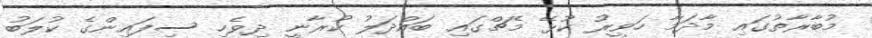
މުބާރާތުގައި މާދަމާ ހަވީރު ކުޅޭ މެޗްގައި ބައްދަލު ކުރާނީ ދިވެހި ސިފައިންގެ ކުލަބު